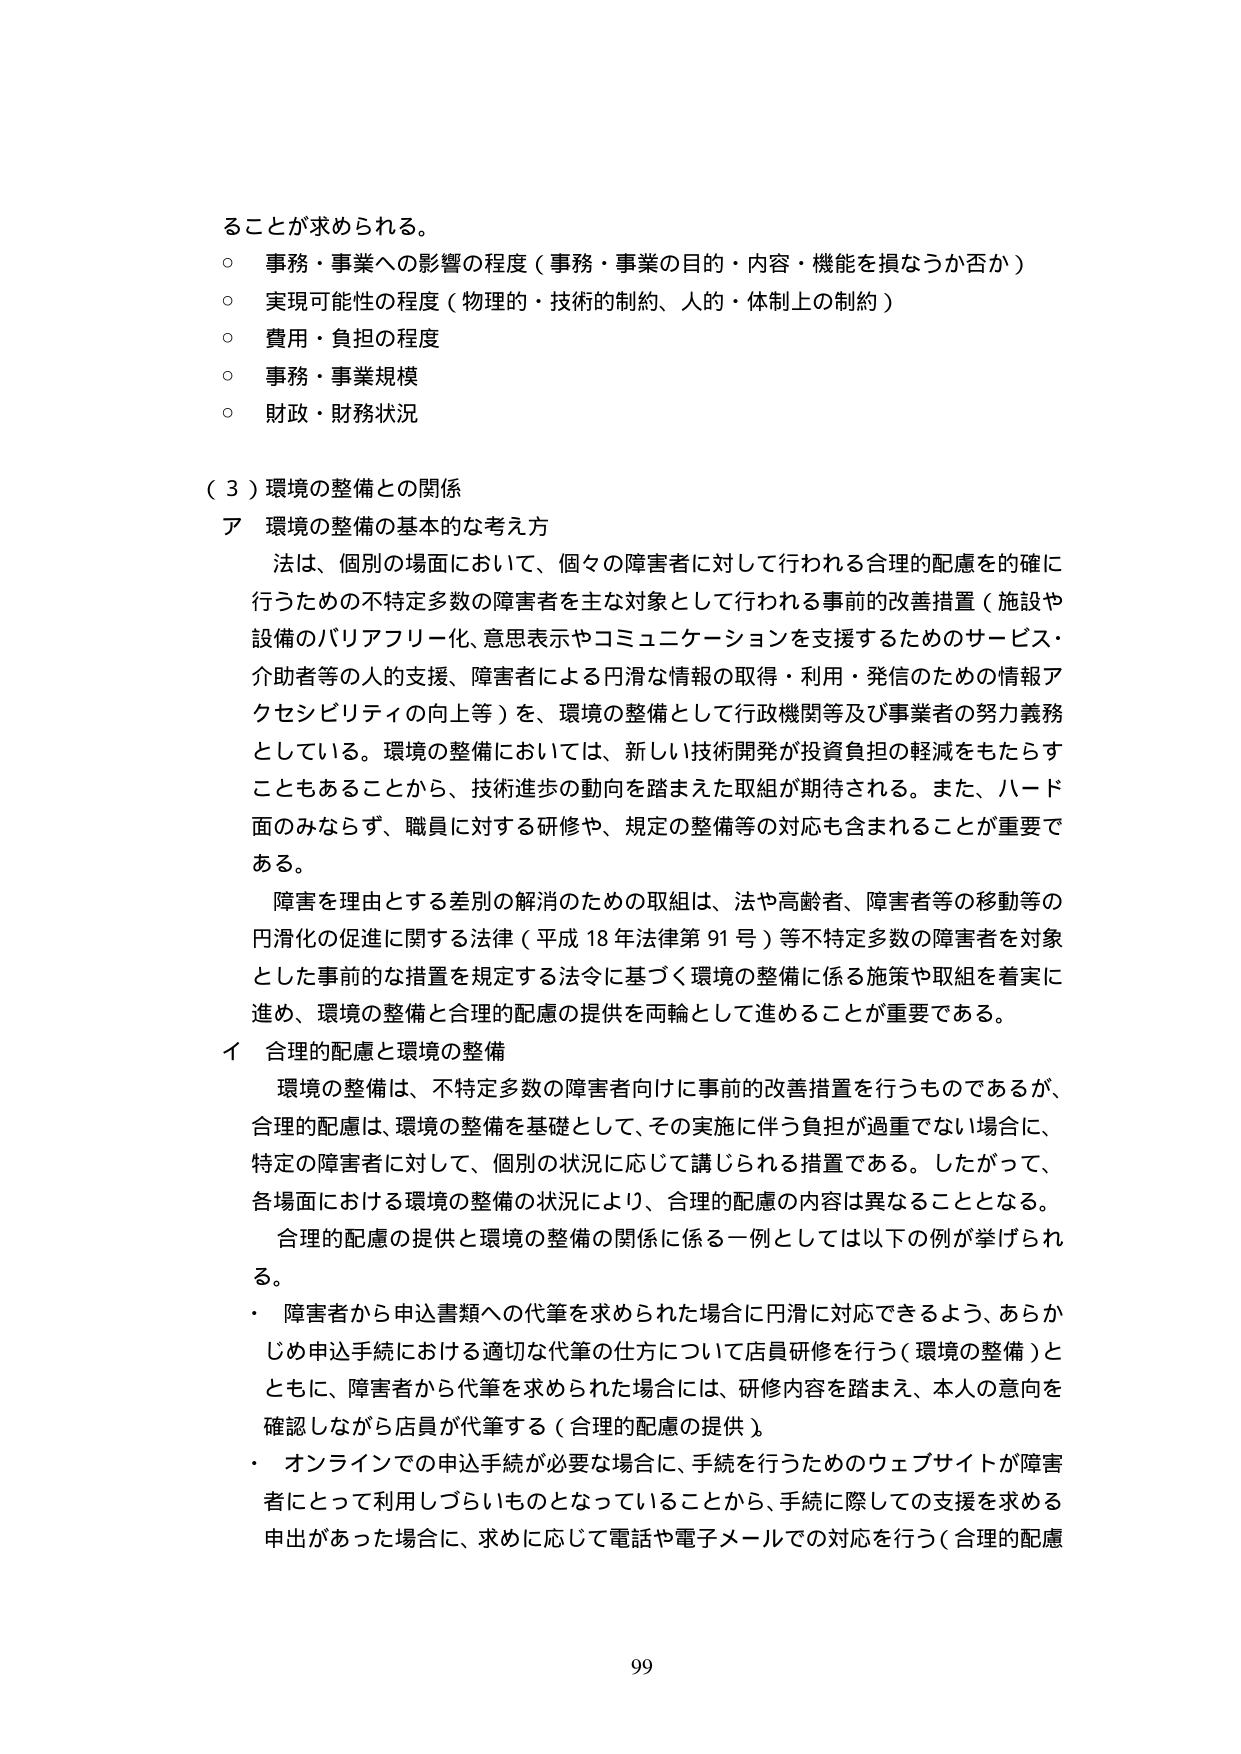
ることが求められる。
○ 事務・事業への影響の程度（事務・事業の目的・内容・機能を損なうか否か）
○ 実現可能性の程度（物理的・技術的制約、人的・体制上の制約）
○ 費用・負担の程度
○ 事務・事業規模
○ 財政・財務状況

（３）環境の整備との関係
ア 環境の整備の基本的な考え方
法は、個別の場面において、個々の障害者に対して行われる合理的配慮を的確に行うための不特定多数の障害者を主な対象として行われる事前的改善措置（施設や設備のバリアフリー化、意思表示やコミュニケーションを支援するためのサービス・介助者等の人的支援、障害者による円滑な情報の取得・利用・発信のための情報アクセスビリティの向上等）を、環境の整備として行政機関等及び事業者の努力義務としている。環境の整備においては、新しい技術開発が投資負担の軽減をもたらすこともあることから、技術進歩の動向を踏まえた取組が期待される。また、ハード面のみならず、職員に対する研修や、規定の整備等の対応も含まれることが重要である。
障害を理由とする差別の解消のための取組は、法や高齢者、障害者等の移動等の円滑化の促進に関する法律（平成18年法律第91号）等不特定多数の障害者を対象とした事前的な措置を規定する法令に基づく環境の整備に係る施策や取組を着実に進め、環境の整備と合理的配慮の提供を両輪として進めることが重要である。
イ 合理的配慮と環境の整備
環境の整備は、不特定多数の障害者向けに事前的改善措置を行うものであるが、合理的配慮は、環境の整備を基礎として、その実施に伴う負担が過重でない場合に、特定の障害者に対して、個別の状況に応じて講じられる措置である。したがって、各場面における環境の整備の状況により、合理的配慮の内容は異なることとなる。
合理的配慮の提供と環境の整備の関係に係る一例としては以下の例が挙げられる。
・ 障害者から申込書類への代筆を求められた場合に円滑に対応できるよう、あらかじめ申込手続における適切な代筆の仕方について店員研修を行う（環境の整備）とともに、障害者から代筆を求められた場合には、研修内容を踏まえ、本人の意向を確認しながら店員が代筆する（合理的配慮の提供）
・ オンラインでの申込手続が必要な場合に、手続を行うためのウェブサイトが障害者にとって利用しづらいものとなっていることから、手続に際しての支援を求める申出があった場合に、求めに応じて電話や電子メールでの対応を行う（合理的配慮

99